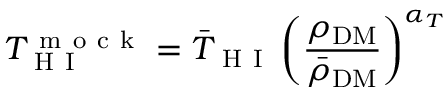
T _ { \mathrm { ~ H ~ I ~ } } ^ { \mathrm { ~ m ~ o ~ c ~ k ~ } } = \bar { T } _ { \mathrm { ~ H ~ I ~ } } \left( \frac { \rho _ { \mathrm { D M } } } { \bar { \rho } _ { \mathrm { D M } } } \right) ^ { \alpha _ { T } }